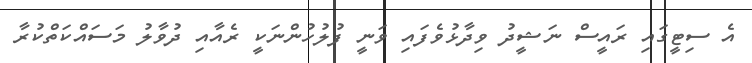
އެ ސިޓީގައި ރައީސް ނަޝީދު ވިދާޅުވެފައި ވަނީ ފުލުހުންނަކީ ރެއާއި ދުވާލު މަސައްކަތްކުރާ